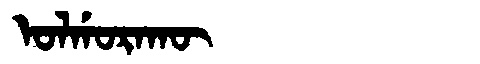
Manchu: ᠣᠯᡤᠣᡵᠠᡴᡡ
Romanization: OLGORAKŪ